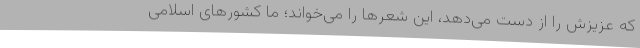
که عزیزش را از دست می‌دهد، این شعرها را می‌خواند؛ ما کشورهای اسلامی